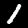
Digit: 1